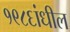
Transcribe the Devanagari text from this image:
१९८६ांधील